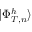
| \Phi _ { T , n } ^ { h } \rangle